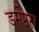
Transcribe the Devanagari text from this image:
डर्मेप्टरा